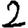
Digit: 2